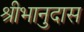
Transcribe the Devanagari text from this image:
श्रीभानुदास